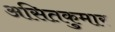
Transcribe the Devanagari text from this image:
असितकुमार